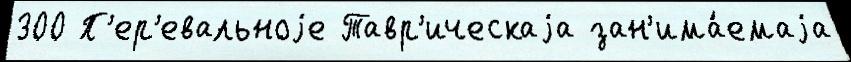
300 П'ер'евальноjе Тавр'ическаjа зан'има́емаjа